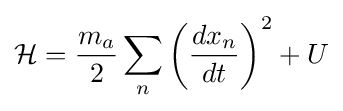
{\mathcal {H}}={\frac {m_{a}}{2}}\sum _{n}\left({\frac {dx_{n}}{dt}}\right)^{2}+U